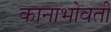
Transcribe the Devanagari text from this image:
कानाभोवती